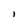
Character: i